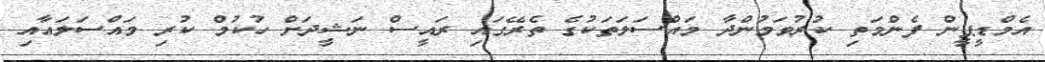
އެމްޑީޕީން ފެންމަތި ކުރުވަމުންދާ މައްސަލަަތަކުގެ ތެރޭގައި ރައީސް ނަޝީދަށް ހުކުމް ކުރި މައްސަލައާއި